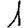
Digit: 1